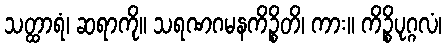
သတ္ထာရံ၊ ဆရာကို။ သရဏဂမနကိဉ္စိတိ၊ ကား။ ကိဉ္စိပုဂ္ဂလံ၊